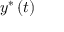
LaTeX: y ^ { \ast } \left( t \right)